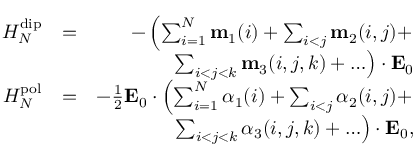
\begin{array} { r l r } { H _ { N } ^ { \mathrm { d i p } } } & { = } & { - \left( \sum _ { i = 1 } ^ { N } \mathbf { m } _ { 1 } ( i ) + \sum _ { i < j } \mathbf { m } _ { 2 } ( i , j ) + \right. } \\ & { } & { \left. \sum _ { i < j < k } \mathbf { m } _ { 3 } ( i , j , k ) + \ldots \right) \cdot \mathbf { E } _ { 0 } } \\ { H _ { N } ^ { \mathrm { p o l } } } & { = } & { - \frac { 1 } { 2 } \mathbf { E } _ { 0 } \cdot \left( \sum _ { i = 1 } ^ { N } \boldsymbol { \alpha } _ { 1 } ( i ) + \sum _ { i < j } \boldsymbol { \alpha } _ { 2 } ( i , j ) + \right. } \\ & { } & { \left. \sum _ { i < j < k } \boldsymbol { \alpha } _ { 3 } ( i , j , k ) + \ldots \right) \cdot \mathbf { E } _ { 0 } , } \end{array}